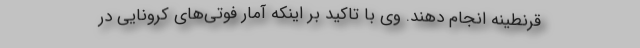
قرنطینه انجام دهند. وی با تاکید بر اینکه آمار فوتی‌های کرونایی در